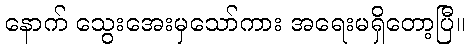
နောက် သွေးအေးမှသော်ကား အရေးမရှိတော့ပြီ။